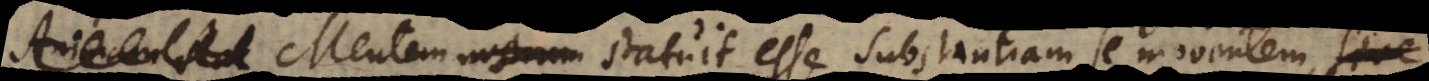
Animam sta Mentem statuit esse substantiam se moventem, ve